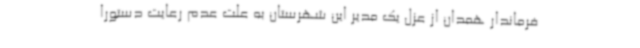
فرماندار همدان از عزل یک مدیر این شهرستان به علت عدم رعایت دستورا